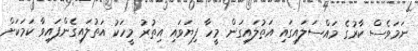
ނަމަވެސް ކާރުގެ މައްސަލައިގައި އަތުލައިގަން މީހާ ފިޔަވައި އިތުރު މީހަކު އަތުލައިގެންފައިވާ ކަމަކަށް